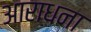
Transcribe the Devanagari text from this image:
अाराधना